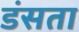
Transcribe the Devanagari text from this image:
डंसता